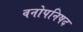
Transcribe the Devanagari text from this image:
वनोपनिषद